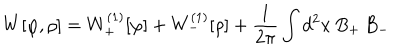
LaTeX: W [ \varphi , \rho ] = W _ { + } ^ { ( 1 ) } [ \varphi ] + W _ { - } ^ { ( 1 ) } [ \rho ] + { \frac { 1 } { 2 \pi } } \int d ^ { 2 } x \, B _ { + } \, B _ { - }